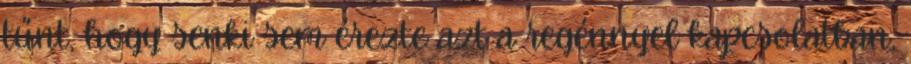
tűnt, hogy senki sem érezte azt a regénnyel kapcsolatban,